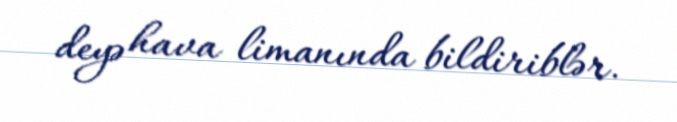
deyə hava limanında bildiriblər.